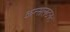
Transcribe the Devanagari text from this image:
कन्सलटनट